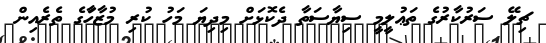
ޗިލޭ ސަރުކާރުގެ ތަޢުލީމީ ސިޔާސަތާ ދެކޮޅަށް މިދިޔަ މަހު ކުރި މުޒާހަާގެ ތެރެއިން